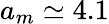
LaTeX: a_{m}\simeq 4.1